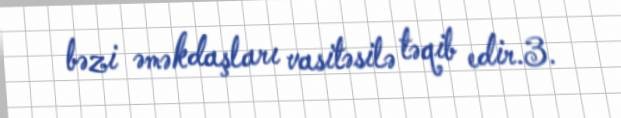
bəzi əməkdaşları vasitəsilə təqib edir.3.